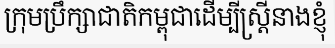
ក្រុមប្រឹក្សាជាតិកម្ពុជាដើម្បីស្ត្រីនាងខ្ញុំ